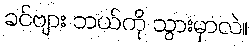
ခင်ဗျား ဘယ်ကို သွားမှာလဲ။